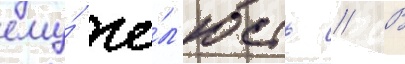
ему́ че́л'юсть // В